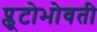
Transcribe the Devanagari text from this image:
प्लूटोभोवती